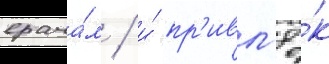
врача́м / и́ пр'ивл'ё́к